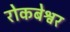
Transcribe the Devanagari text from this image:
रोकबेश्वर